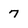
Character: 7